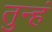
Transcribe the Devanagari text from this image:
तुन्हं